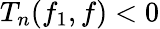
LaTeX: T_{n}(f_{1},f)<0